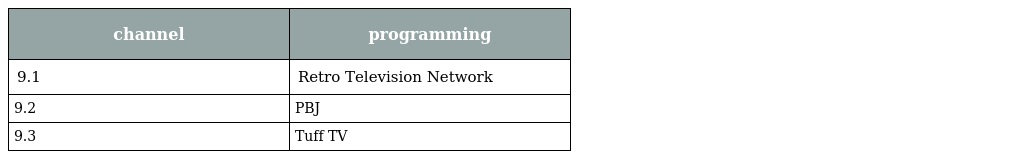
| channel | programming |
 | --- | --- |
 | 9.1 | Retro Television Network |
 | 9.2 | PBJ |
 | 9.3 | Tuff TV |